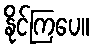
နိုင်ကြပေ။